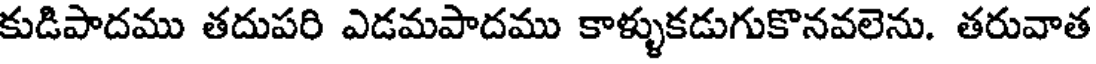
కుడిపాదము తదుపరి ఎడమపాదము కాళ్ళుకడుగుకొనవలెను. తరువాత